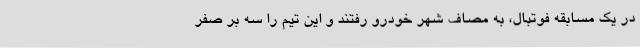
در یک مسابقه فوتبال، به مصاف شهر خودرو رفتند و این تیم را سه بر صفر